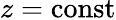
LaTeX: z=\mathrm{const}